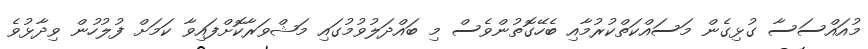
މުއައްސަސާ ގުޅިގެން މަސައްކަތްކުރުމާއި ބެހޭގޮތުންވެސް މި ބައްދަލުވުމުގައި މަޝްވަރާކޮށްފައިވާ ކަމަށް ފުލުހުން ވިދާޅުވެ